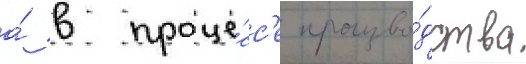
а́ в проце́сс'е произво́дства